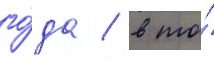
го́да / в то́